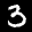
Label: 3